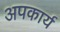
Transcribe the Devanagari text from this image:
अपकार्य